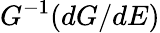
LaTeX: G^{-1}(dG/dE)